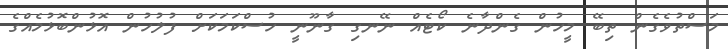
މަސްތުވެގެން ތިބޭ މީހުން ގެންދާނެ ކޯޓެއް ނޭނގި ގާނޫނީ ހުސްކަމަކަށް ފުލުހުން އޮޅުންބޮޅުމެއްގެ